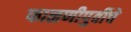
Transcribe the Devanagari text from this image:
फाळणीपुर्वीचे